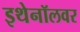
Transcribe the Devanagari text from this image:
इथेनॉलवर